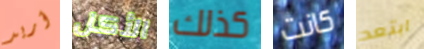
أريد الأكل كذلك كانت ابتعد